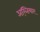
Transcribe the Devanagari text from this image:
अख़्तियार